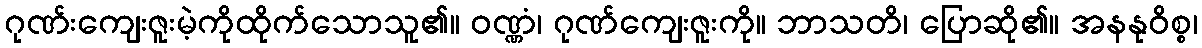
ဂုဏ်းကျေးဇူးမဲ့ကိုထိုက်သောသူ၏။ ဝဏ္ဏံ၊ ဂုဏ်ကျေးဇူးကို။ ဘာသတိ၊ ပြောဆို၏။ အနနုဝိစ္စ၊